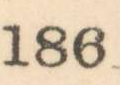
186